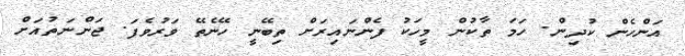
އަންހެން ކުދިން. ހަމަ ތާކުން މީހަކު ފެންނައިރަށް ތިބޭނީ ހޭނެތޭ ވަރުވެފަ. ޖަންނަތުއަށް